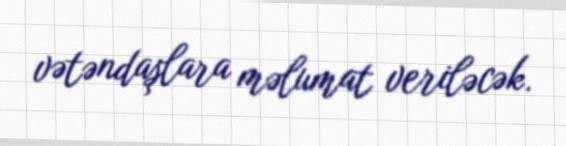
vətəndaşlara məlumat veriləcək.